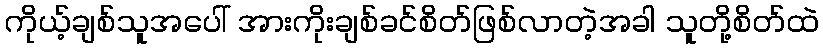
ကိုယ့်ချစ်သူအပေါ် အားကိုးချစ်ခင်စိတ်ဖြစ်လာတဲ့အခါ သူတို့စိတ်ထဲ